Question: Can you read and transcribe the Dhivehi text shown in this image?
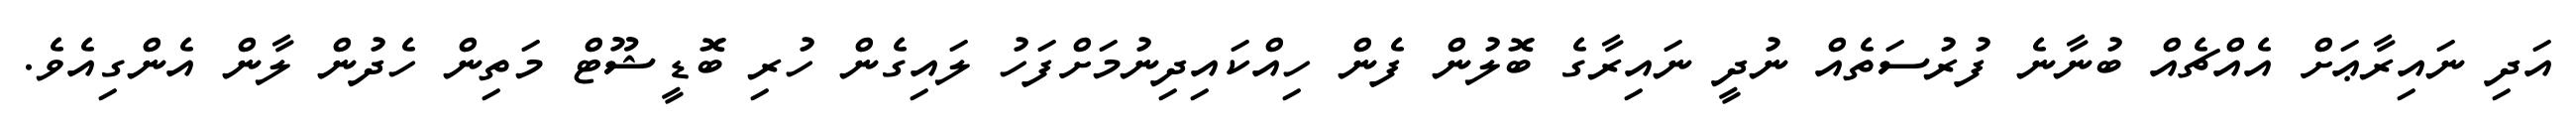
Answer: އަދި ނައިރާޢަށް އެއްޗެއް ބުނާނެ ފުރުސަތެއް ނުދީ ނައިރާގެ ބޮލުން ފެން ހިއްކައިދިނުމަށްފަހު ލައިގެން ހުރި ބޮޑީޝޫޓް މަތިން ހެދުން ލާން އެންގިއެވެ.